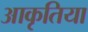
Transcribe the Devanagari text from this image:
आकृतिया